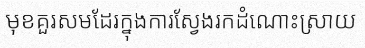
មុខគួរសមដែរក្នុងការស្វែងរកដំណោះស្រាយ